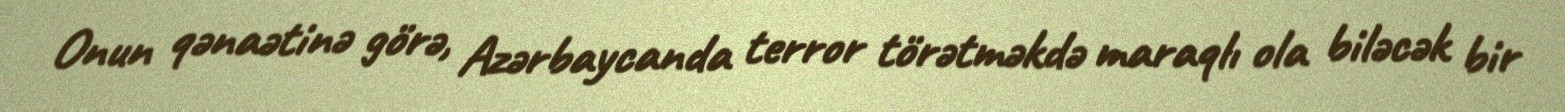
Onun qənaətinə görə, Azərbaycanda terror törətməkdə maraqlı ola biləcək bir